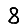
Digit: 8